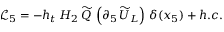
\mathcal { L } _ { 5 } = - h _ { t } \, H _ { 2 } \, \widetilde { Q } \, \left( \partial _ { 5 } \, \widetilde { U } _ { L } \right) \, \delta ( x _ { 5 } ) + h . c .